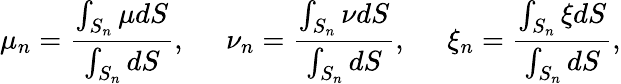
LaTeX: \mu_{n}=\frac{\int_{S_{n}}\mu dS}{\int_{S_{n}}dS},\; \; \; \; \; \nu_{n}=\frac{\int_{S_{n}}\nu dS}{\int_{S_{n}}dS},\; \; \; \; \; \xi_{n}=\frac{\int_{S_{n}}\xi dS}{\int_{S_{n}}dS},